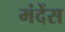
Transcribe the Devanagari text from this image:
मंदेंस